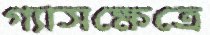
গ্যাসক্ষেত্রে